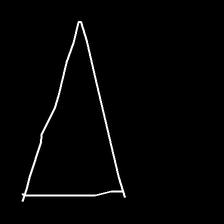
Glyph: convergence